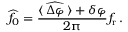
\widehat { f _ { 0 } } = \frac { \langle \, \widehat { \Delta \varphi } \, \rangle + \delta \varphi } { 2 \uppi } f _ { \mathrm { r } } \, .